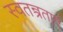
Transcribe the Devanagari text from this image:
स्वतन्त्रताएं